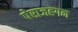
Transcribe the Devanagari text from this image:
पेराजह्गन